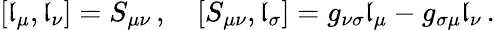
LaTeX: [\mathfrak{l}_{\mu},\mathfrak{l}_{\nu}]=S_{\mu\nu}\, ,\quad[S_{\mu\nu},\mathfrak{l}_{\sigma}]=g_{\nu\sigma}\mathfrak{l}_{\mu}-g_{\sigma\mu}\mathfrak{l}_{\nu}\, .